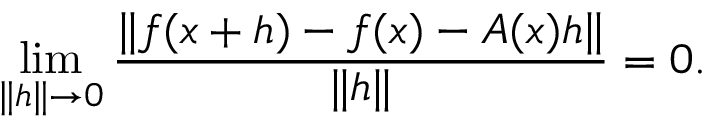
\operatorname* { l i m } _ { \| h \| \to 0 } { \frac { \| f ( x + h ) - f ( x ) - A ( x ) h \| } { \| h \| } } = 0 .